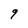
Character: 9